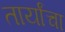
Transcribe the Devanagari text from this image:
तार्यांचा